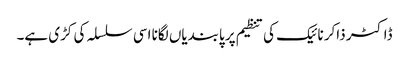
ڈاکٹر ذاکر نائیک کی تنظیم پر پابندیاں لگانا اسی سلسلہ کی کڑی ہے۔